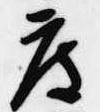
度